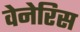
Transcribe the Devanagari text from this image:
वेनेरिस